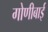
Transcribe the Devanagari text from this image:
गोणीबाई